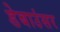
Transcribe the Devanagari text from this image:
डेबाउंसर